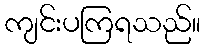
ကျင်းပကြရသည်။